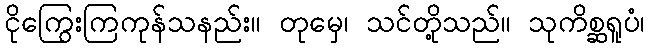
ငိုကြွေးကြကုန်သနည်း။ တုမှေ၊ သင်တို့သည်။ သုကိစ္ဆရူပံ၊